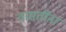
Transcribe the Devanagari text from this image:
वासंतींना